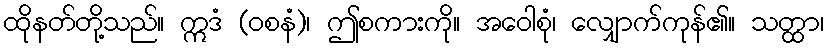
ထိုနတ်တို့သည်။ ဣဒံ (ဝစနံ)၊ ဤစကားကို။ အဝေါစုံ၊ လျှောက်ကုန်၏။ သတ္ထာ၊